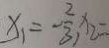
x _ { 1 } = - \frac { 2 } { 3 } , x _ { 2 } =